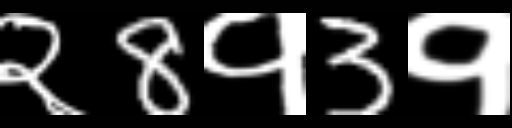
Text: २8१3१